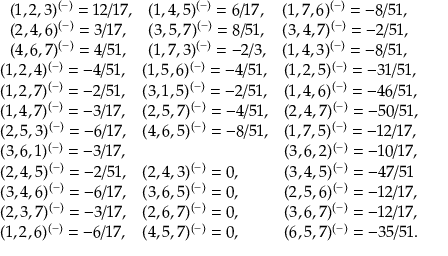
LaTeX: \begin{array} { c } { { \begin{array} { l l l } { { ( 1 , 2 , 3 ) ^ { ( - ) } = 1 2 / 1 7 , } } & { { ( 1 , 4 , 5 ) ^ { ( - ) } = 6 / 1 7 , } } & { { ( 1 , 7 , 6 ) ^ { ( - ) } = - 8 / 5 1 , } } \\ { { ( 2 , 4 , 6 ) ^ { ( - ) } = 3 / 1 7 , } } & { { ( 3 , 5 , 7 ) ^ { ( - ) } = 8 / 5 1 , } } & { { ( 3 , 4 , 7 ) ^ { ( - ) } = - 2 / 5 1 , } } \\ { { ( 4 , 6 , 7 ) ^ { ( - ) } = 4 / 5 1 , } } & { { ( 1 , 7 , 3 ) ^ { ( - ) } = - 2 / 3 , } } & { { ( 1 , 4 , 3 ) ^ { ( - ) } = - 8 / 5 1 , } } \end{array} } } \\ { { \begin{array} { l l l } { { ( 1 , 2 , 4 ) ^ { ( - ) } = - 4 / 5 1 , } } & { { ( 1 , 5 , 6 ) ^ { ( - ) } = - 4 / 5 1 , } } & { { ( 1 , 2 , 5 ) ^ { ( - ) } = - 3 1 / 5 1 , } } \\ { { ( 1 , 2 , 7 ) ^ { ( - ) } = - 2 / 5 1 , } } & { { ( 3 , 1 , 5 ) ^ { ( - ) } = - 2 / 5 1 , } } & { { ( 1 , 4 , 6 ) ^ { ( - ) } = - 4 6 / 5 1 , } } \\ { { ( 1 , 4 , 7 ) ^ { ( - ) } = - 3 / 1 7 , } } & { { ( 2 , 5 , 7 ) ^ { ( - ) } = - 4 / 5 1 , } } & { { ( 2 , 4 , 7 ) ^ { ( - ) } = - 5 0 / 5 1 , } } \\ { { ( 2 , 5 , 3 ) ^ { ( - ) } = - 6 / 1 7 , } } & { { ( 4 , 6 , 5 ) ^ { ( - ) } = - 8 / 5 1 , } } & { { ( 1 , 7 , 5 ) ^ { ( - ) } = - 1 2 / 1 7 , } } \\ { { ( 3 , 6 , 1 ) ^ { ( - ) } = - 3 / 1 7 , } } & { { } } & { { ( 3 , 6 , 2 ) ^ { ( - ) } = - 1 0 / 1 7 , } } \\ { { ( 2 , 4 , 5 ) ^ { ( - ) } = - 2 / 5 1 , } } & { { ( 2 , 4 , 3 ) ^ { ( - ) } = 0 , } } & { { ( 3 , 4 , 5 ) ^ { ( - ) } = - 4 7 / 5 1 } } \\ { { ( 3 , 4 , 6 ) ^ { ( - ) } = - 6 / 1 7 , } } & { { ( 3 , 6 , 5 ) ^ { ( - ) } = 0 , } } & { { ( 2 , 5 , 6 ) ^ { ( - ) } = - 1 2 / 1 7 , } } \\ { { ( 2 , 3 , 7 ) ^ { ( - ) } = - 3 / 1 7 , } } & { { ( 2 , 6 , 7 ) ^ { ( - ) } = 0 , } } & { { ( 3 , 6 , 7 ) ^ { ( - ) } = - 1 2 / 1 7 , } } \\ { { ( 1 , 2 , 6 ) ^ { ( - ) } = - 6 / 1 7 , } } & { { ( 4 , 5 , 7 ) ^ { ( - ) } = 0 , } } & { { ( 6 , 5 , 7 ) ^ { ( - ) } = - 3 5 / 5 1 . } } \end{array} } } \end{array}